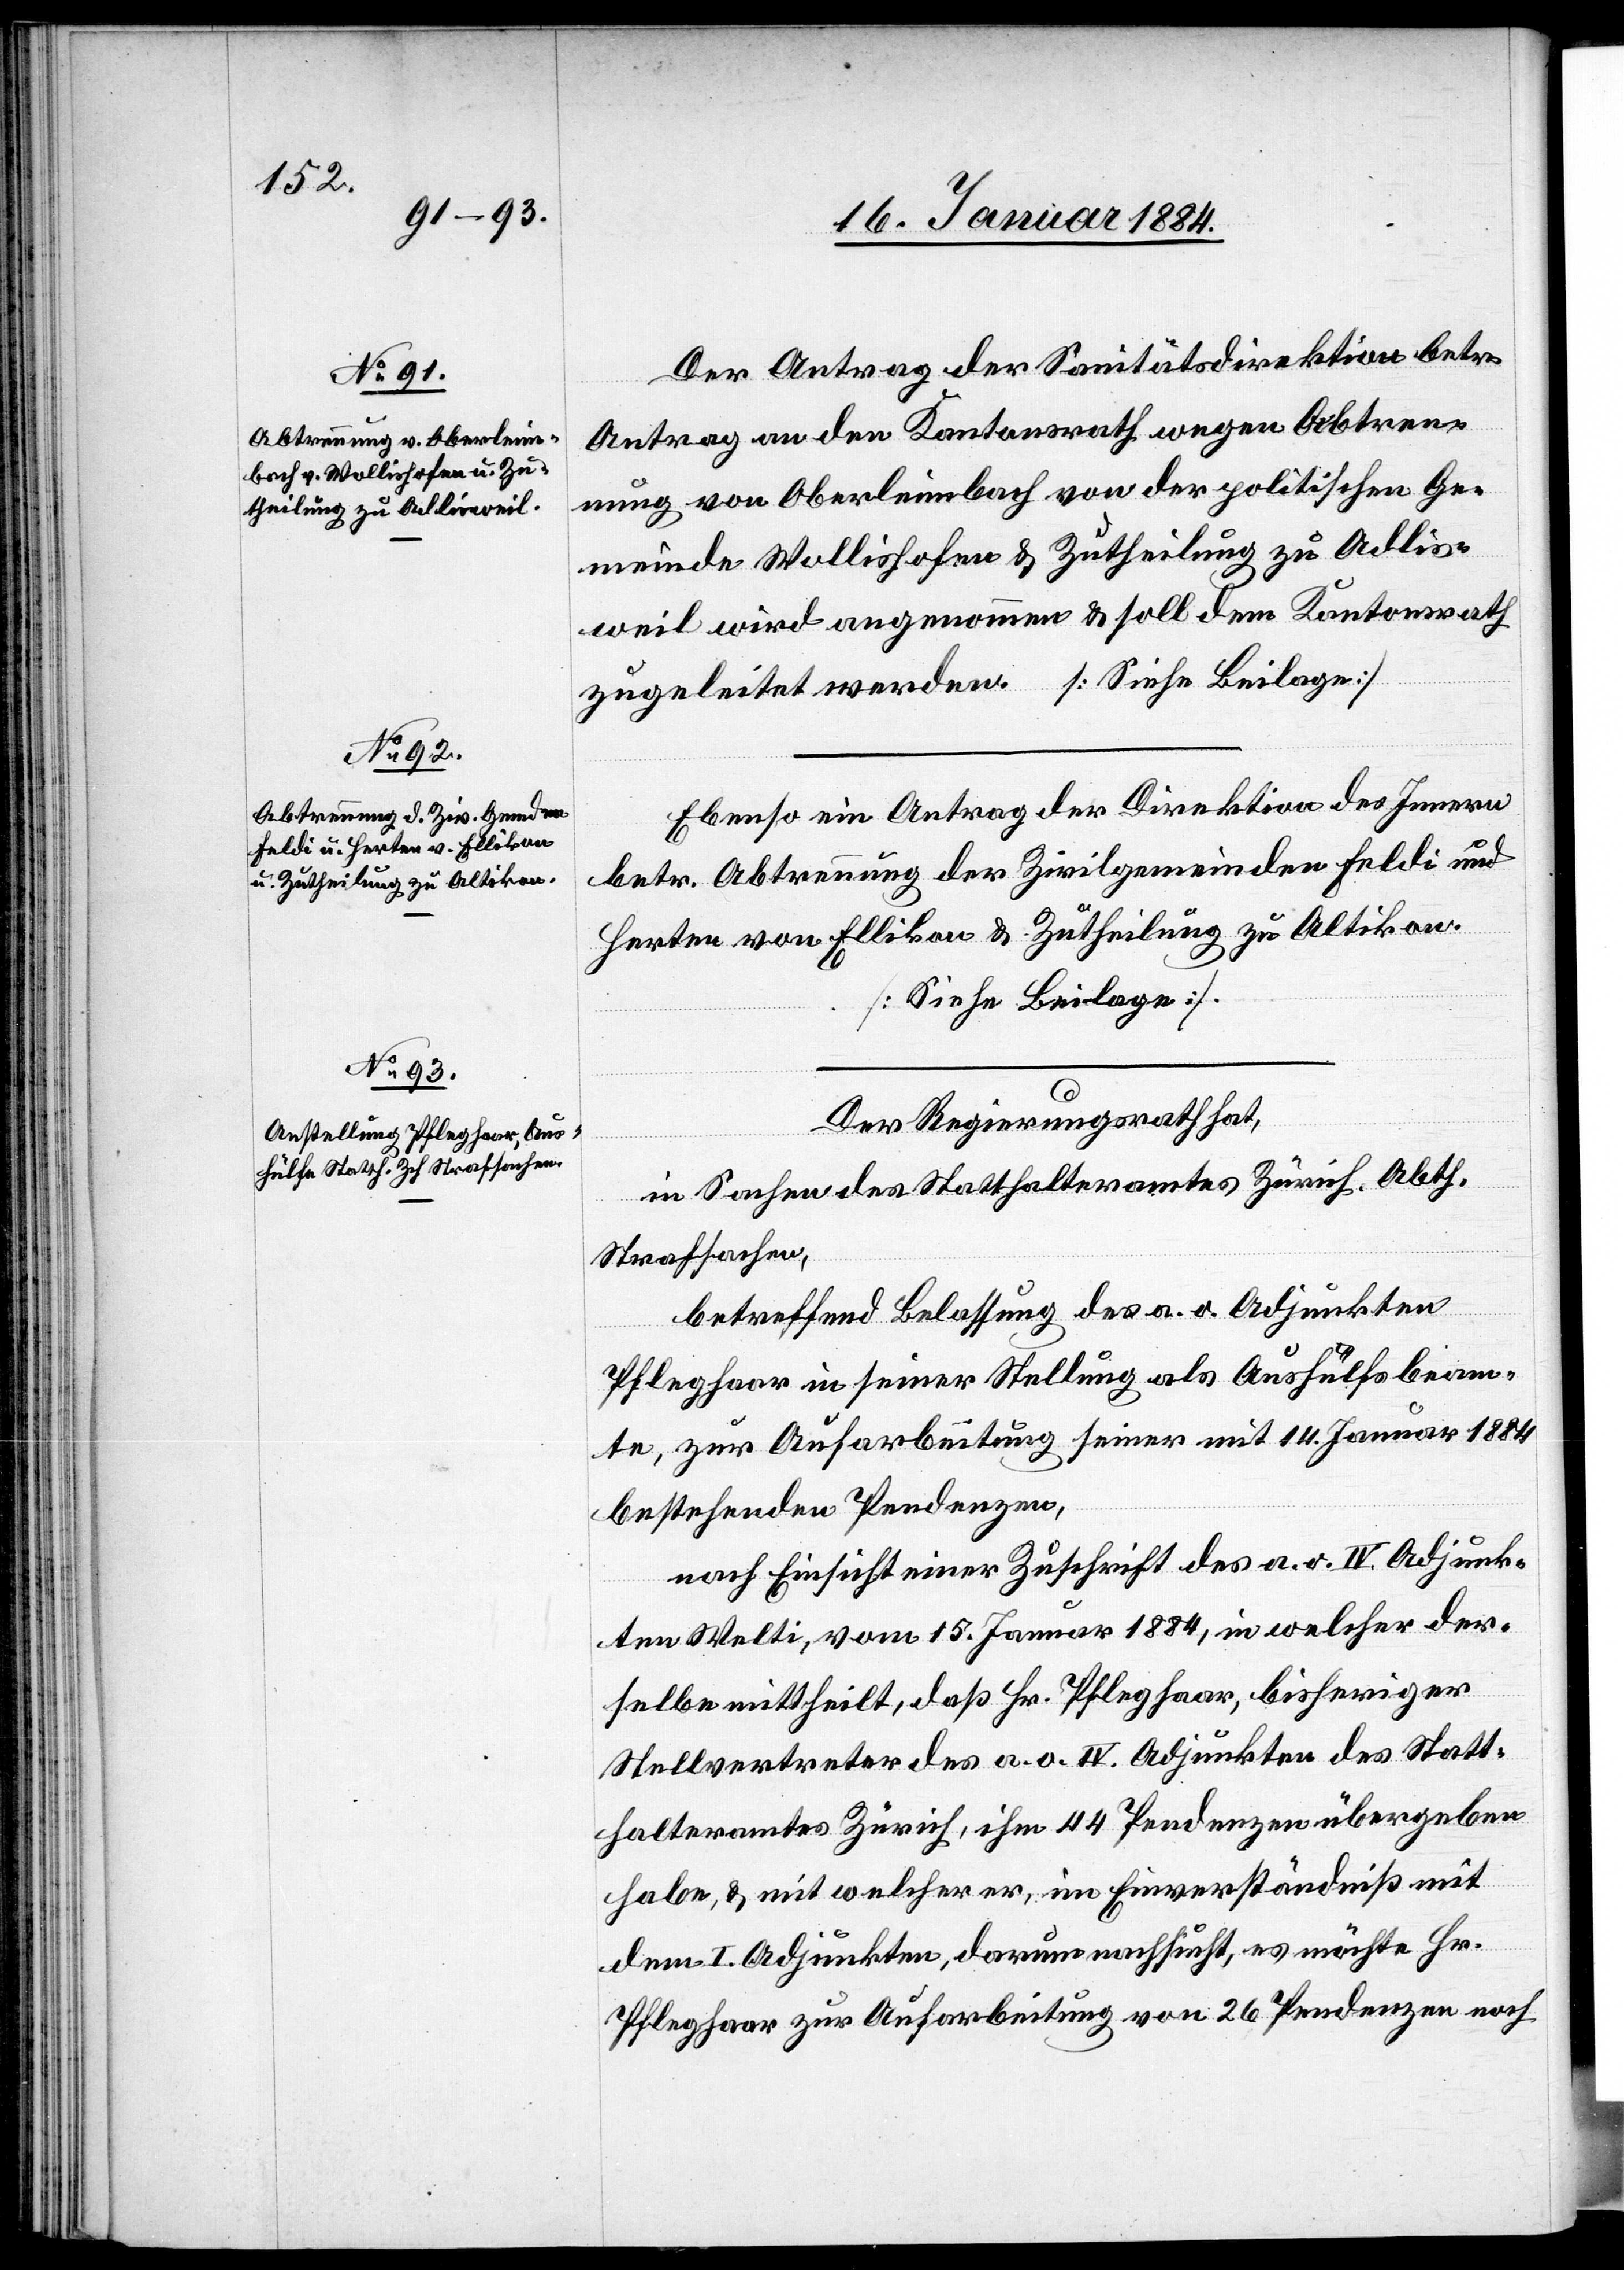
Der Antrag der Sanitätsdirektion betr.
Antrag an den Kantonsrath wegen Abtren¬
nung von Oberleimbach von der politischen Ge¬
meinde Wollishofen & Zutheilung zu Adlis¬
weil wird angenommen & soll dem Kantonsrath
zugeleitet werden
Ebenso ein Antrag der Direktion des Innern
betr. Abtrennung der Zivilgemeinde Feldi und
Herten von Ellikon & Zutheilung zu Altikon
[Siehe Beilage].
Der Regierungsrath hat,
in Sachen des Statthalteramtes Zürich, Abth.
Strafsachen,
betreffend Belassung des a. o. Adjunkten
Pfleghaar in seiner Stellung als Aushülfsbeam¬
ten, zur Aufarbeitung seiner mit 14. Januar 1884
bestehenden Pendenzen,
nach Einsicht einer Zuschrift des a. o. IV. Adjunk¬
ten Welti, vom 15. Januar 1884, in welcher der¬
selbe mittheilt, daß Hr. Pfleghaar, bisheriger
Stellvertreter des a. o. IV. Adjunkten des Statt¬
halteramtes Zürich, ihm 44 Pendenzen übergeben
habe, & mit welcher er, im Einverständniß mit
dem I. Adjunkten, darum nachsucht, es möchte Hr.
Pfleghaar zur Aufarbeitung von 26 Pendenzen noch